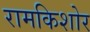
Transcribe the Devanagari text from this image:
रामकिशोर